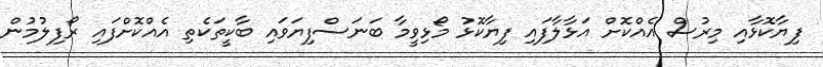
ފިޔާކޮޅާއި މިރުސް އެއްކޮށް އަޅާލާފައި ފިޔާކޮޅު މޯޅިވީމާ ބަނަސްފިޔަވައި ބާކީތަކެތި އެއްކޮށްފައި ރޯފިލުމުން